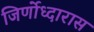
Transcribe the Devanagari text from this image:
जिर्णोध्दारास